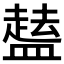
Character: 𱲘